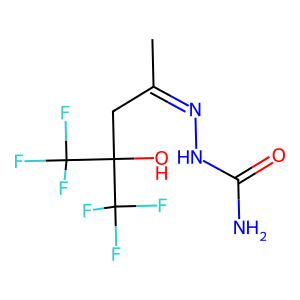
SMILES: CC(CC(O)(C(F)(F)F)C(F)(F)F)=NNC(N)=O
Inhibits HIV replication: No